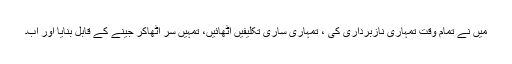
میں نے تمام وقت تمہاری نازبرداری کی ، تمہاری ساری تکلیفیں اٹھائیں، تمہیں سر اٹھاکر جینے کے قابل بنایا اور اب۔